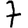
Digit: 7